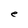
Character: e